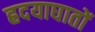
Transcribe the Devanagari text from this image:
ह्रदयाघातों